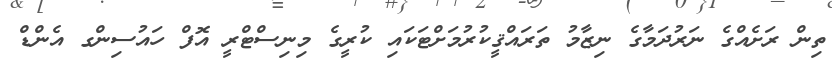
ތިން ރަށެއްގެ ނަރުދަމާގެ ނިޒާމު ތަރައްޤީކުރުމަށްޓަކައި ކުރީގެ މިނިސްޓްރީ އޮފް ހައުސިންގ އެންޑް